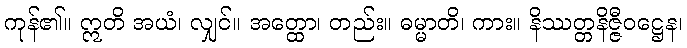
ကုန်၏။ ဣတိ အယံ၊ လျှင်။ အတ္ထော၊ တည်း။ ဓမ္မာတိ၊ ကား။ နိဿတ္တနိဇ္ဇီဝဋ္ဌေန၊